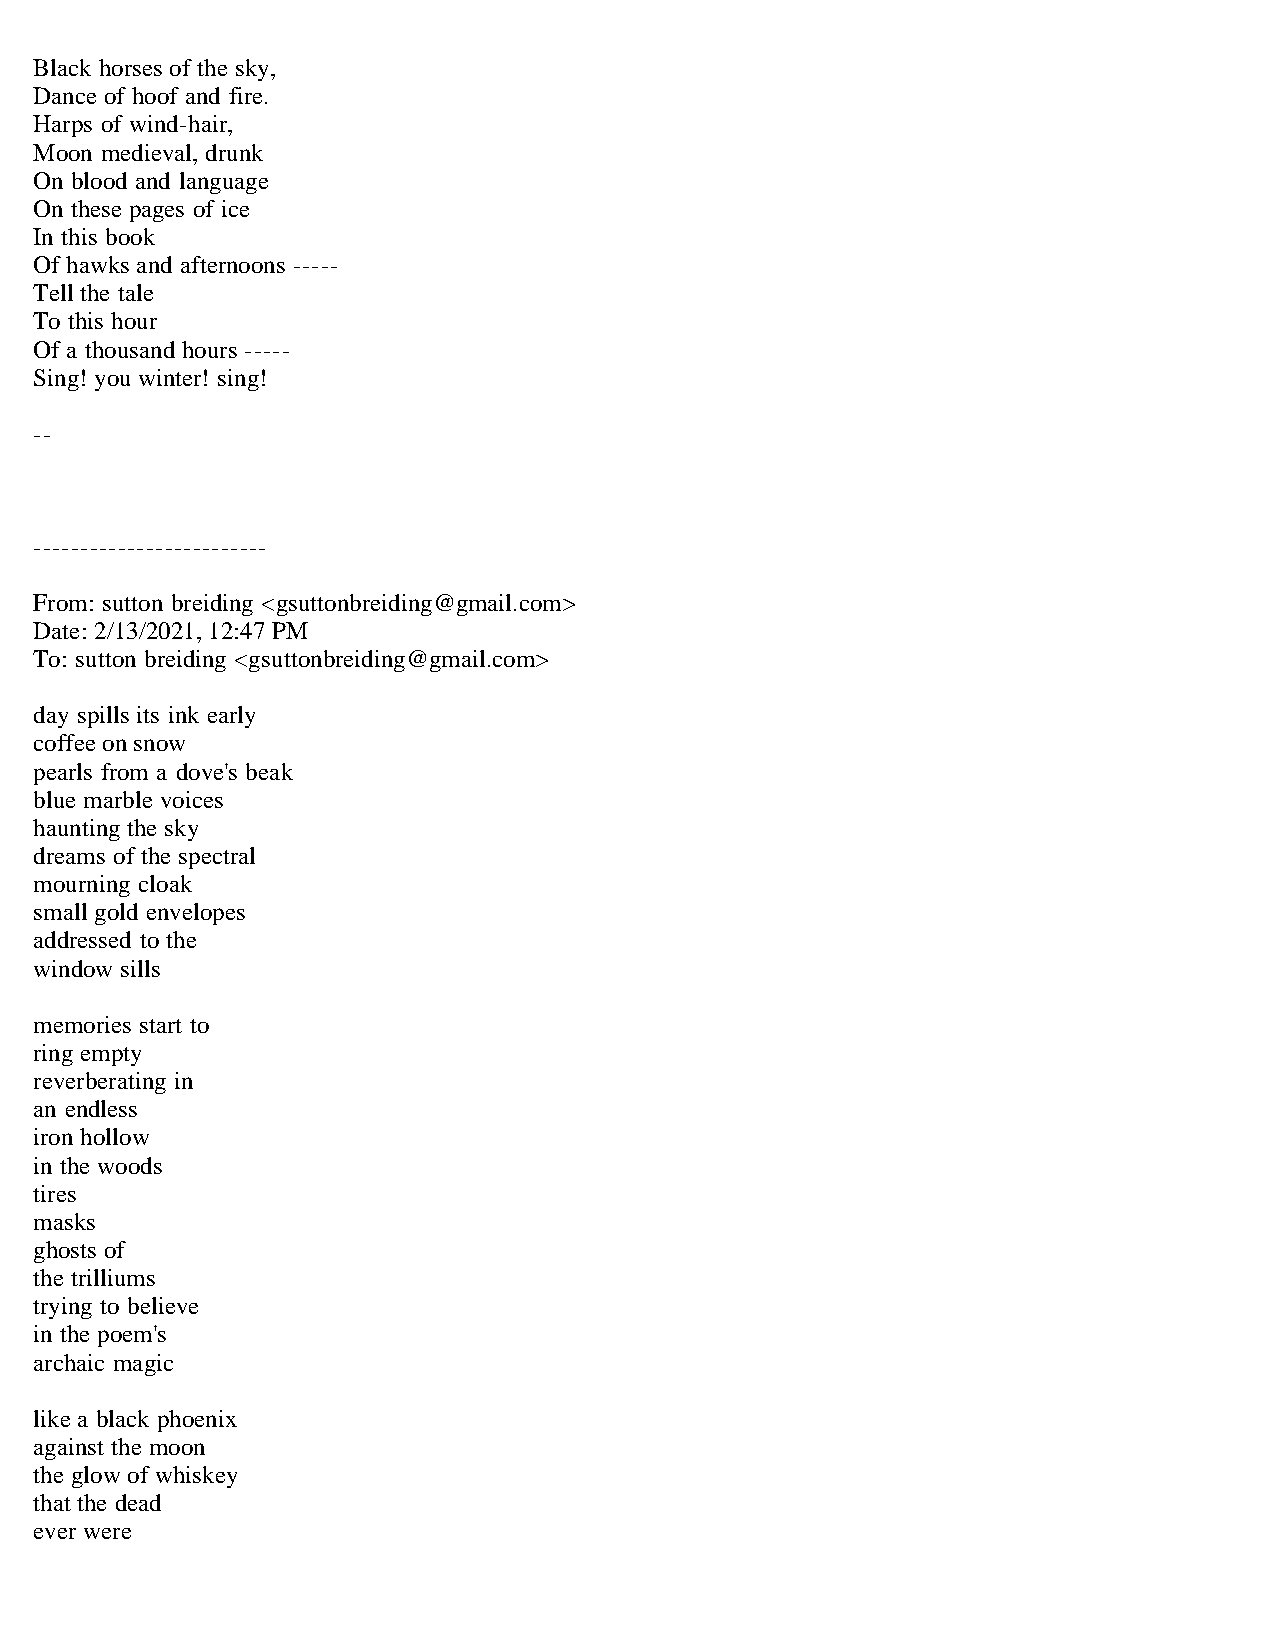
Black horses of the sky,
 Dance of hoof and fire.
 Harps of wind-hair,
 Moon medieval, drunk
 On blood and language
 On these pages of ice
 In this book
 Of hawks and afternoons -----
 Tell the tale
 To this hour
 Of a thousand hours -----
 Sing! you winter! sing!
 --
 -------------------------
 From: sutton breiding <gsuttonbreiding@gmail.com>
 Date: 2/13/2021, 12:47 PM
 To: sutton breiding <gsuttonbreiding@gmail.com>
 day spills its ink early
 coffee on snow
 pearls from a dove's beak
 blue marble voices
 haunting the sky
 dreams of the spectral
 mourning cloak
 small gold envelopes
 addressed to the
 window sills
 memories start to
 ring empty
 reverberating in
 an endless
 iron hollow
 in the woods
 tires
 masks
 ghosts of
 the trilliums
 trying to believe
 in the poem's
 archaic magic
 like a black phoenix
 against the moon
 the glow of whiskey
 that the dead
 ever were